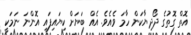
އޮތް ގޮތުގެ ދޯދިޔާކަން ހާމަ ވެއެވެ. އެއް ބަޔަށް ކިޔައިފައި އޮންނަ ނަމަކީ